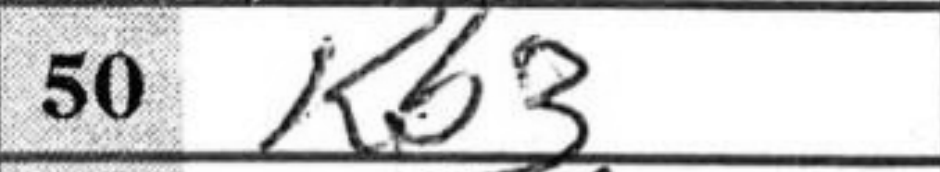
Transcription: Kb3